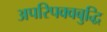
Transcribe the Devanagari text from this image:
अपरिपक्वबुद्धि